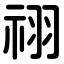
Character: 祤